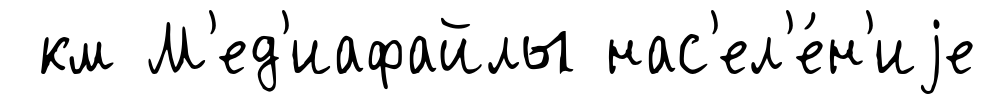
км М'ед'иафайлы нас'ел'е́н'иjе